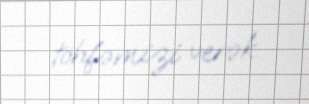
töhfəmizi verək.